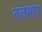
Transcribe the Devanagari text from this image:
तलभाग